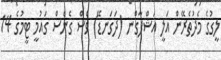
ލީގުގެ މެދުތެރޭން އަލީ އަޝްފާގްނ (ދަގަނޑޭ) ވެސް ގެނެސް ގައުމީ ޓީމުގެ 14